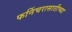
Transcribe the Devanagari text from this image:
फर्निचरासाठीच्या